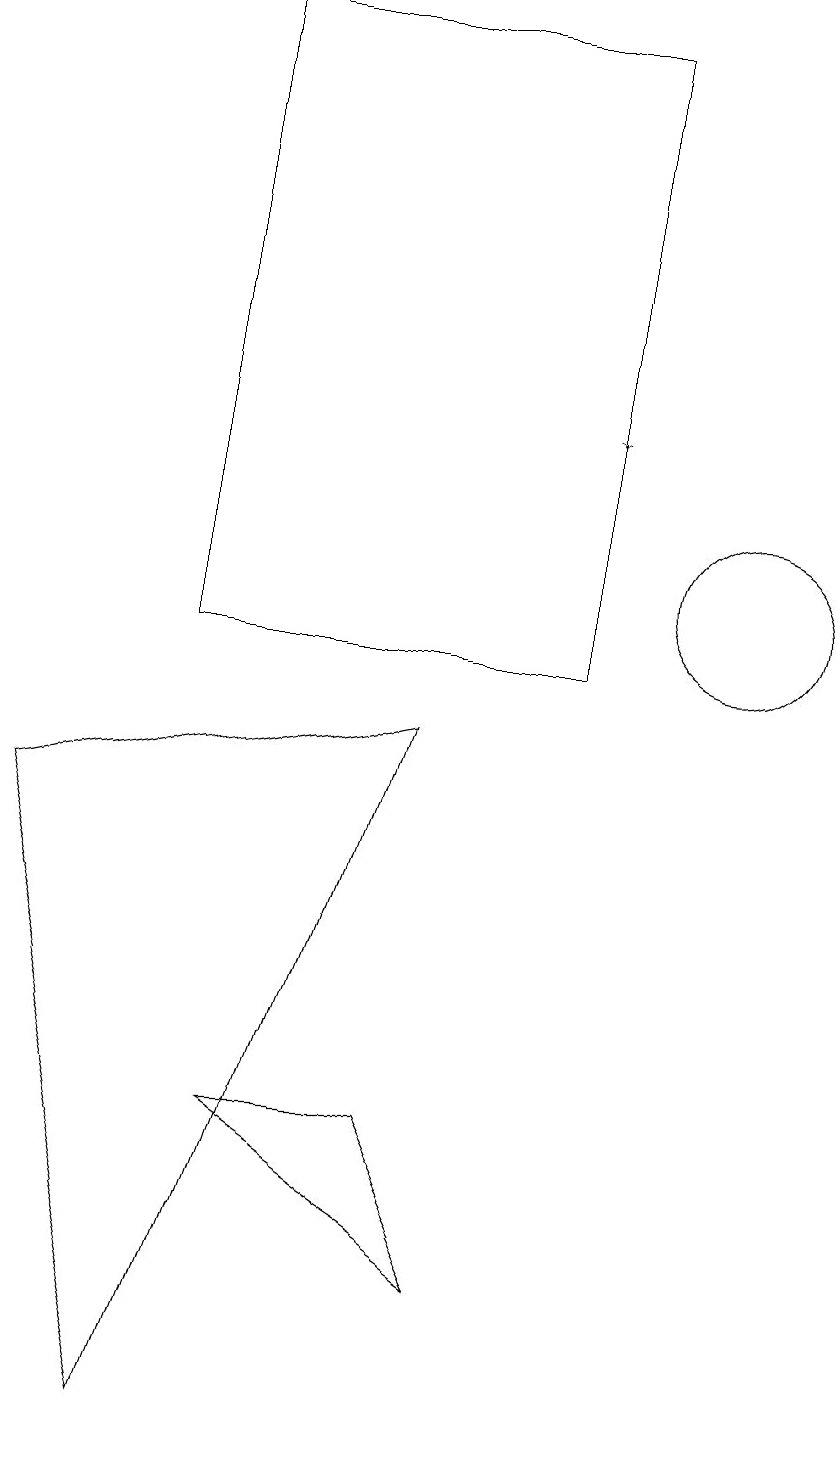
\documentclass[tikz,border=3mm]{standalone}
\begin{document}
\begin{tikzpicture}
\draw[->] (8,17) -- (8,13);
\draw (10,11) circle (1);
\draw (3,10) rectangle (8,18);
\draw (4,4) -- (7,2) -- (6,4) -- cycle;
\draw (3,0) -- (6,9) -- (1,8) -- cycle;
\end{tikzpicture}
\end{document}